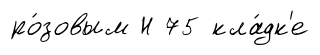
ро́зовым Н 75 кла́дк'е